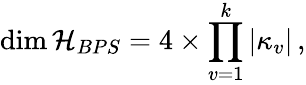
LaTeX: \dim{\cal H}_{BPS}=4\times\prod_{v=1}^{k}|\kappa_{v}|\, ,